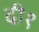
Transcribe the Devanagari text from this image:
दी१